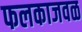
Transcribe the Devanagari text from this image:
फलकाजवळ